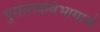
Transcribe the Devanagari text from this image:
पुरातत्त्वविभागाचे